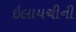
ઇલાયચીની